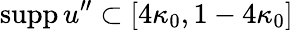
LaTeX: \mathrm{supp}\, u^{\prime\prime}\subset[4\kappa_{0},1-4\kappa_{0}]